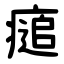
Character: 㾽